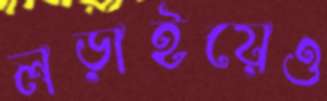
লড়াইয়েও